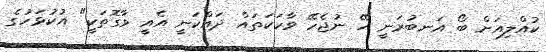
ކުއްލިއަށް ބޯ އަނބުރަނީ ހޭ ނުޖެހޭ ވާހަކަތައް ދައްކަނީ އެއީ ވާގޮތަކީ" އުކުޅަހުގެ